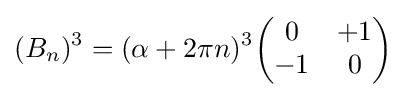
(B_{n})^{3}=(\alpha +2\pi n)^{3}{\begin{pmatrix}0&+1\\-1&0\\\end{pmatrix}}